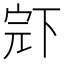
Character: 𱍝